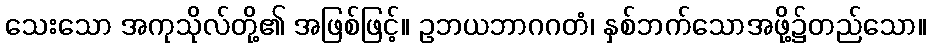
သေးသော အကုသိုလ်တို့၏ အဖြစ်ဖြင့်။ ဥဘယဘာဂဂတံ၊ နှစ်ဘက်သောအဖို့၌တည်သော။